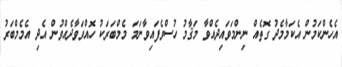
އެހެންކަމުން އެކަމާމެދު ގޮތެއް ނިންމަވައިދެއްވާ މަޤާމު ހުސްވެފައިވާނަމަ މެމްބަރަކު ހޮއްވަވާދެއްވުން އެދި އެމެމްބަރު